Vaccination in the Punjab 1867-1880 - 1867-1880
Year: 1867
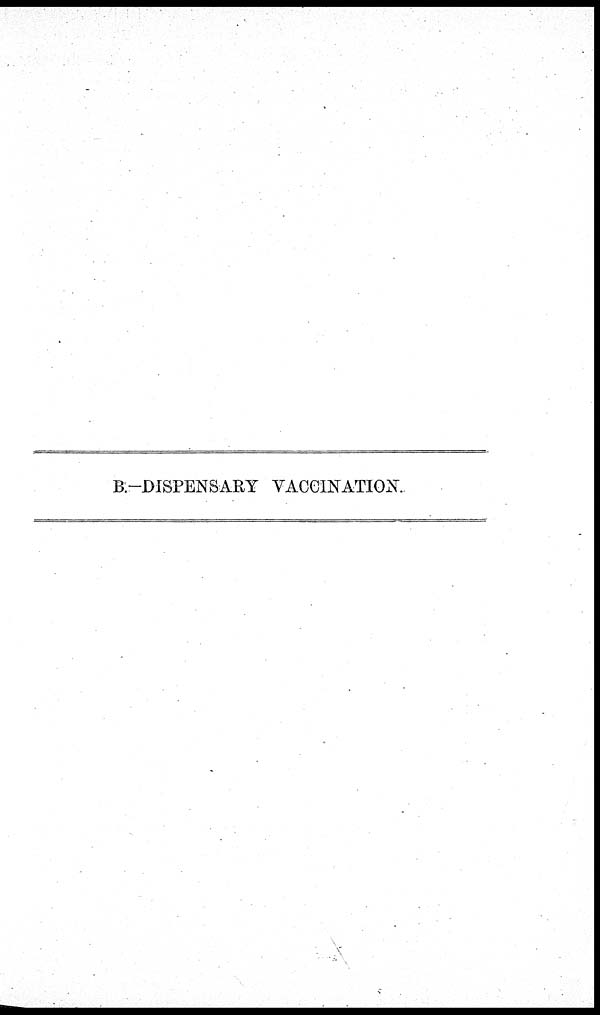
B.-DISPENSARY VACCINATION.